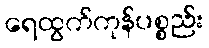
ရေထွက်ကုန်ပစ္စည်း